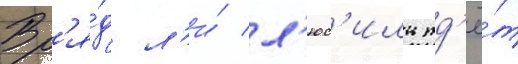
Вр'я́д л'и́ л'юс'иль жд'ё́т